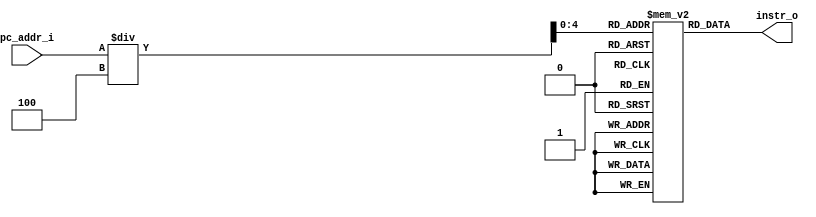
module Instr_Memory( pc_addr_i, instr_o	);

//I/O ports
input  [32-1:0]  pc_addr_i;
output [32-1:0]	 instr_o;

//Internal Signals
reg    [32-1:0]	 instr_o;
integer          i;

//32 words Memory
reg    [32-1:0]  Instr_Mem [0:32-1];

//Parameter
    
//Main function
always @(pc_addr_i) begin
	instr_o = Instr_Mem[pc_addr_i/4];
end
    
//Initial Memory Contents
initial begin
    for ( i=0; i<32; i=i+1 )
	    Instr_Mem[i] = 32'b0;
		
end
endmodule